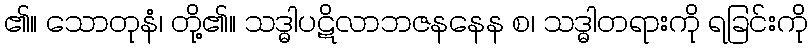
၏။ သောတုနံ၊ တို့၏။ သဒ္ဓါပဋိလာဘဇနနေန စ၊ သဒ္ဓါတရားကို ရခြင်းကို